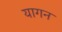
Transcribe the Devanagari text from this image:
यागन